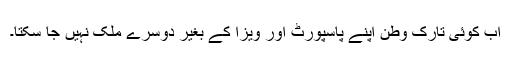
اب کوئی تارک وطن اپنے پاسپورٹ اور ویزا کے بغیر دوسرے ملک نہیں جا سکتا۔